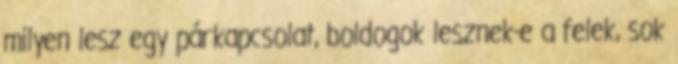
milyen lesz egy párkapcsolat, boldogok lesznek-e a felek, sok